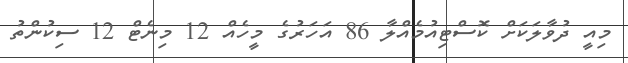
މިއީ ދުވާލަކަށް ކޮސްޓިއުމެއްލާ 86 އަހަރުގެ މީހެއް 12 މިނެޓް 12 ސިކުންތު